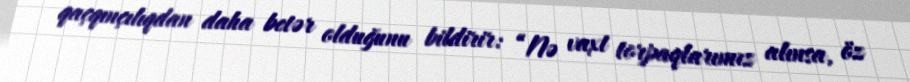
qaçqınçılıqdan daha betər olduğunu bildirir: “Nə vaxt torpaqlarımız alınsa, öz